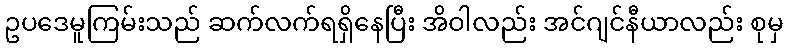
ဥပဒေမူကြမ်းသည် ဆက်လက်ရရှိနေပြီး အိဝါလည်း အင်ဂျင်နီယာလည်း စုမှ